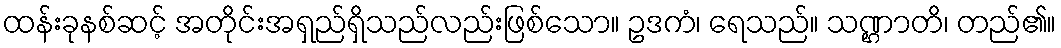
ထန်းခုနစ်ဆင့် အတိုင်းအရှည်ရှိသည်လည်းဖြစ်သော။ ဥဒကံ၊ ရေသည်။ သဏ္ဌာတိ၊ တည်၏။